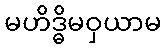
မဟိဒ္ဓိမဝှယာမ